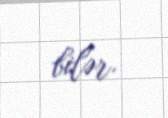
bilər.